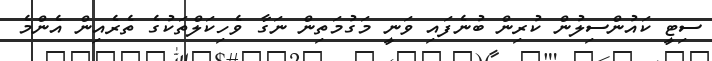
ސިޓީ ކައުންސިލުން ކުރިން ބުނެފައި ވަނީ މަގުމަތިން ނަގާ ވެހިކަލްތަކުގެ ތެރެއިން އެންމެ